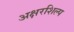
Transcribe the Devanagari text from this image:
अक्षरशिल्प